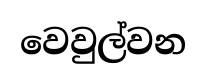
වෙවුල්වන